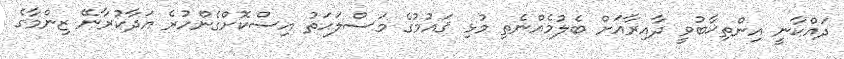
ދައްކާނީ އިންތިޚާބުވީ ދާއިރާއަށް ބެލުމެއްނެތި މުޅި ޤައުމުގެ މަސްލަޙަތު އިސްކޮށްގެންހުރެ އަދާކުރާނޭ ޒިންމާގެ